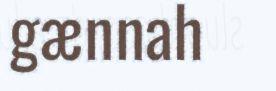
gænnah